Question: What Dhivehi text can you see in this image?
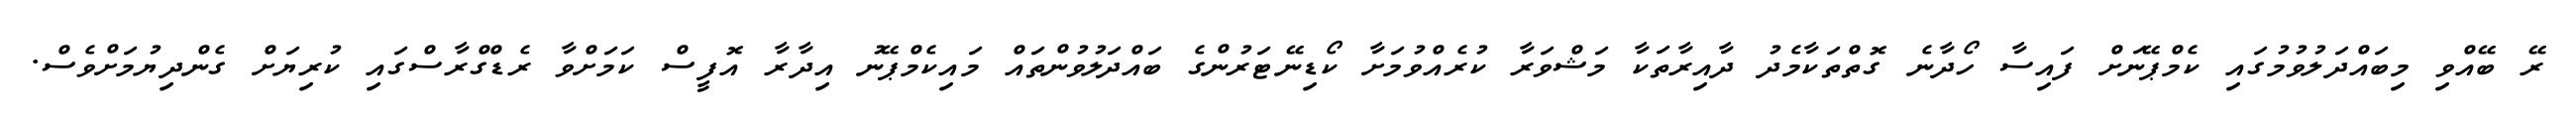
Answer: ރޭ ބޭއްވި މިބައްދަލުވުމުގައި ކެމްޕޭނަށް ފައިސާ ހޯދާނެ ގޮތްތަކާމެދު ދާއިރާތަކާ މަޝްވަރާ ކުރެއްވުމަށާ ކޯޑިނޭޓަރުންގެ ބައްދަލުވުންތައް މައިކެމްޕޭނު އިދާރާ އޮފީސް ކަމަށްވާ ރެޑްގްރާސްގައި ކުރިޔަށް ގެންދިޔުމަށްވެސް.